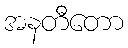
အနတီတော